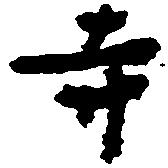
寺